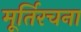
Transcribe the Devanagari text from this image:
मूर्तिरचना